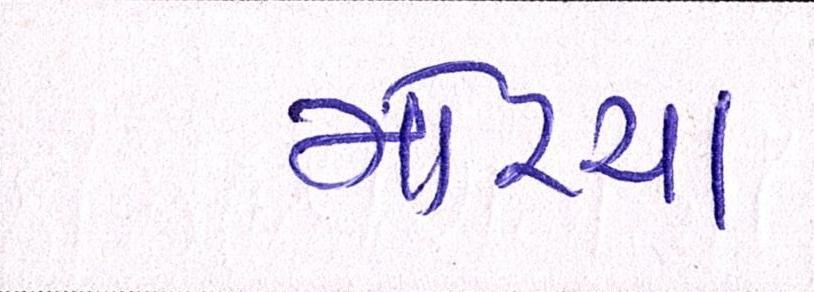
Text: મોરચા